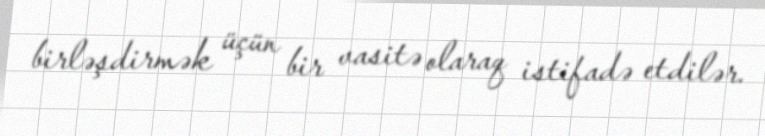
birləşdirmək üçün bir vasitə olaraq istifadə etdilər.